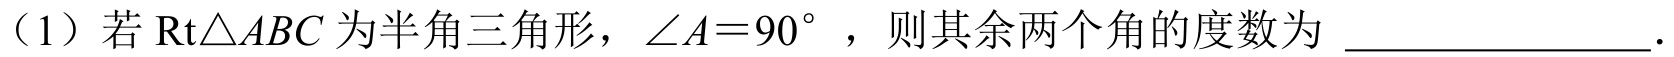
（1）若 \(\text{Rt}\triangle ABC\) 为半角三角形，\(\angle A = 90^{\circ}\)，则其余两个角的度数为 \(\underline{\quad\quad}\)．